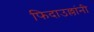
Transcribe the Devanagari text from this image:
फिदाउल्लांनी